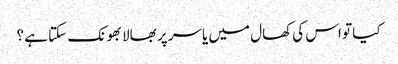
کیا تو اس کی کھال میں یاسر پر بھالا بھونک سکتا ہے ؟